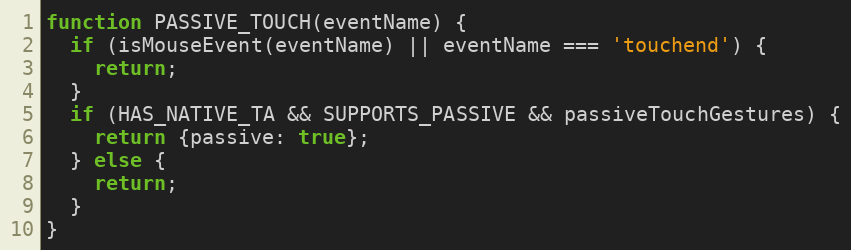
Language: JavaScript
function PASSIVE_TOUCH(eventName) {
  if (isMouseEvent(eventName) || eventName === 'touchend') {
    return;
  }
  if (HAS_NATIVE_TA && SUPPORTS_PASSIVE && passiveTouchGestures) {
    return {passive: true};
  } else {
    return;
  }
}